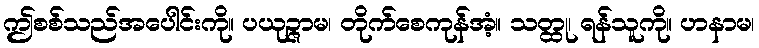
ဤစစ်သည်အပေါင်းကို။ ပယုဉ္ဇာမ၊ တိုက်စေကုန်အံ့။ သတ္ထု၊ ရန်သူကို။ ဟနာမ၊